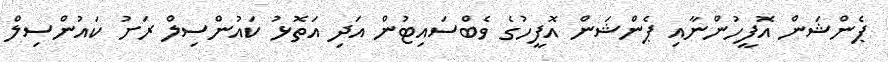
ޕެންޝަން އޮފީހުންނާއި ޕެންޝަން އޮފީހުގެ ވެބްސައިޓުން އަދި އަތޮޅު ކައުންސިލް ރަށު ކައުންސިލް